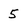
Character: 5